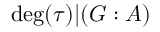
\deg ( \tau ) | ( G : A )